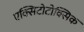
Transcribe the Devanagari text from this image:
एक्सिटोटोक्सिक